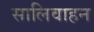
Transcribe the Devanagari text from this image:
सालिवाहन